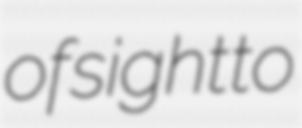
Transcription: of sight to